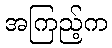
အကြည့်က